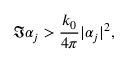
\Im { \alpha _ { j } } > \frac { k _ { 0 } } { 4 \pi } | \alpha _ { j } | ^ { 2 } ,